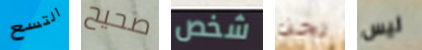
التسع صحيح شخص نحن ليس